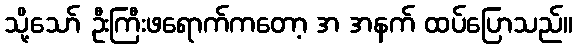
သို့သော် ဦးကြီးဖရောက်ကတော့ အ အနက် ထပ်ပြောသည်။